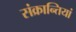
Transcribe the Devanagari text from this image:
संक्रान्तियां